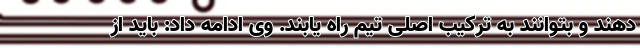
دهند و بتوانند به ترکیب اصلی تیم راه یابند. وی ادامه داد: باید از